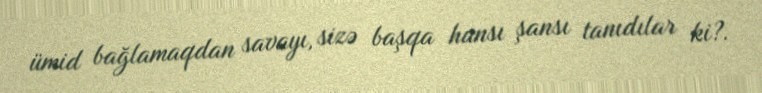
ümid bağlamaqdan savayı, sizə başqa hansı şansı tanıdılar ki?.